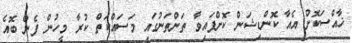
ޚާއްސަކޮށް އެއާ ކޮންޑިޝަން ކޮށްފައިވާ ތަންތަނުގައި މަސައްކަތް ކުރާ މީހުން ފެން ބޮއެ